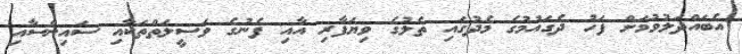
އެބައްދަލުވުމަށް ފަހު ދެގައުމުގެ މެދުގައި ތެލުގެ ވިޔަފާރި އާއި ފެނުގެ ވަސީލަތްތަކާއި ސައިންސާއި